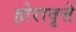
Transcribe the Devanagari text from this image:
होरावृत्ते